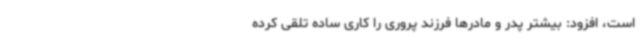
است، افزود: بیشتر پدر و مادرها فرزند ‌پروری را کاری ساده تلقی کرده